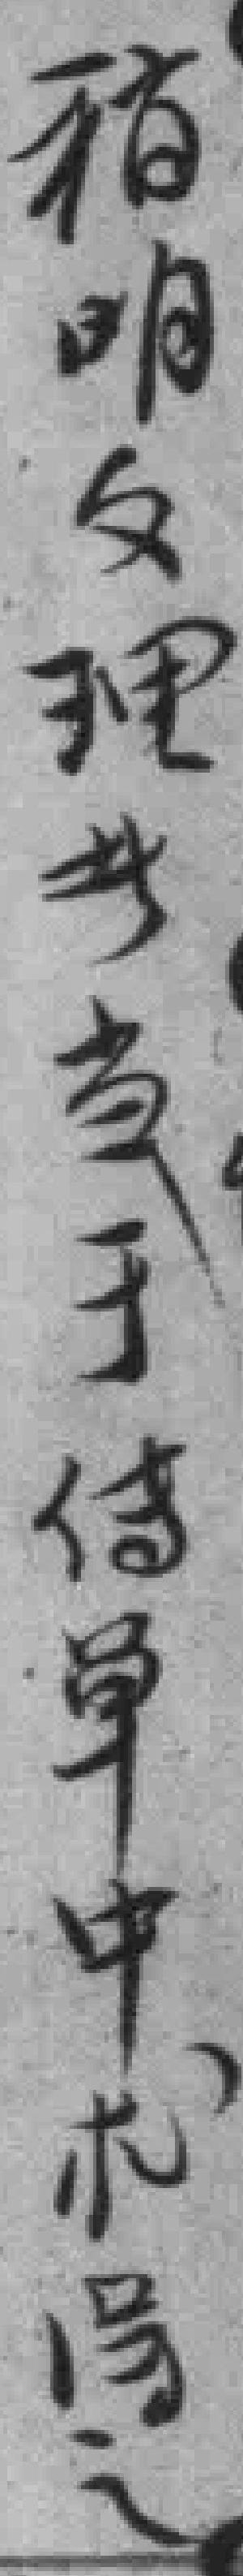
稍明文理者当于传单中*得之